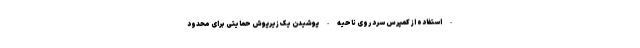
- استفاده از کمپرس سرد روی ناحیه - پوشیدن یک زیرپوش حمایتی برای محدود